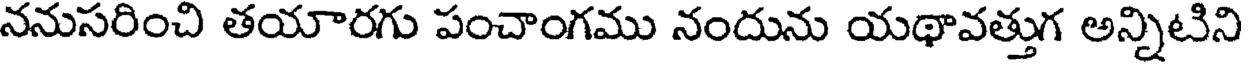
ననుసరించి తయారగు పంచాంగము నందును యథావత్తుగ అన్నిటిని